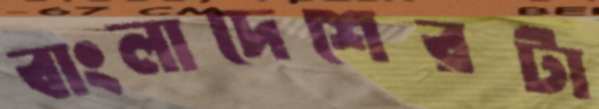
বাংলাদেশেরটা